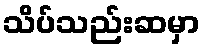
သိပ်သည်းဆမှာ